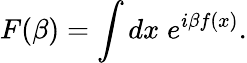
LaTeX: F(\beta)=\int dx\; e^{i\beta f(x)}.